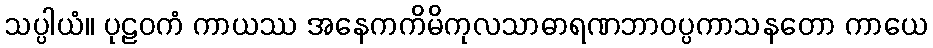
သပ္ပါယံ။ ပုဠဝကံ ကာယဿ အနေကကိမိကုလသာဓာရဏဘာဝပ္ပကာသနတော ကာယေ